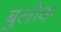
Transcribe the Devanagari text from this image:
बुलोक